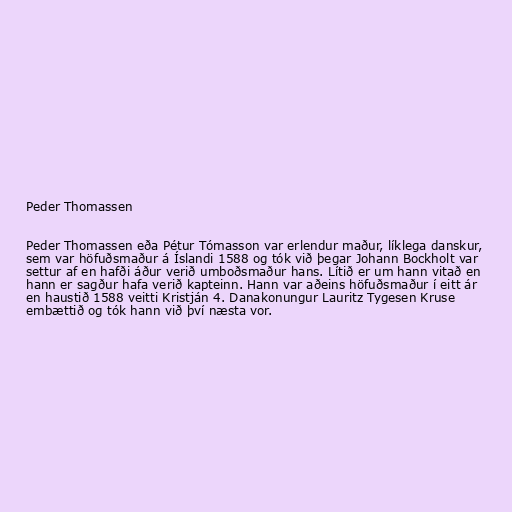
Peder Thomassen

Peder Thomassen eða Pétur Tómasson var erlendur maður, líklega danskur,
sem var höfuðsmaður á Íslandi 1588 og tók við þegar Johann Bockholt var
settur af en hafði áður verið umboðsmaður hans. Lítið er um hann vitað en
hann er sagður hafa verið kapteinn. Hann var aðeins höfuðsmaður í eitt ár
en haustið 1588 veitti Kristján 4. Danakonungur Lauritz Tygesen Kruse
embættið og tók hann við því næsta vor.